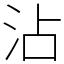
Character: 沾